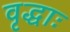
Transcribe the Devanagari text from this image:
वृद्धाः